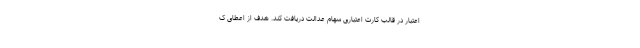
اعتبار در قالب کارت اعتباری سهام عدالت دریافت کند. هدف از اعطای ک